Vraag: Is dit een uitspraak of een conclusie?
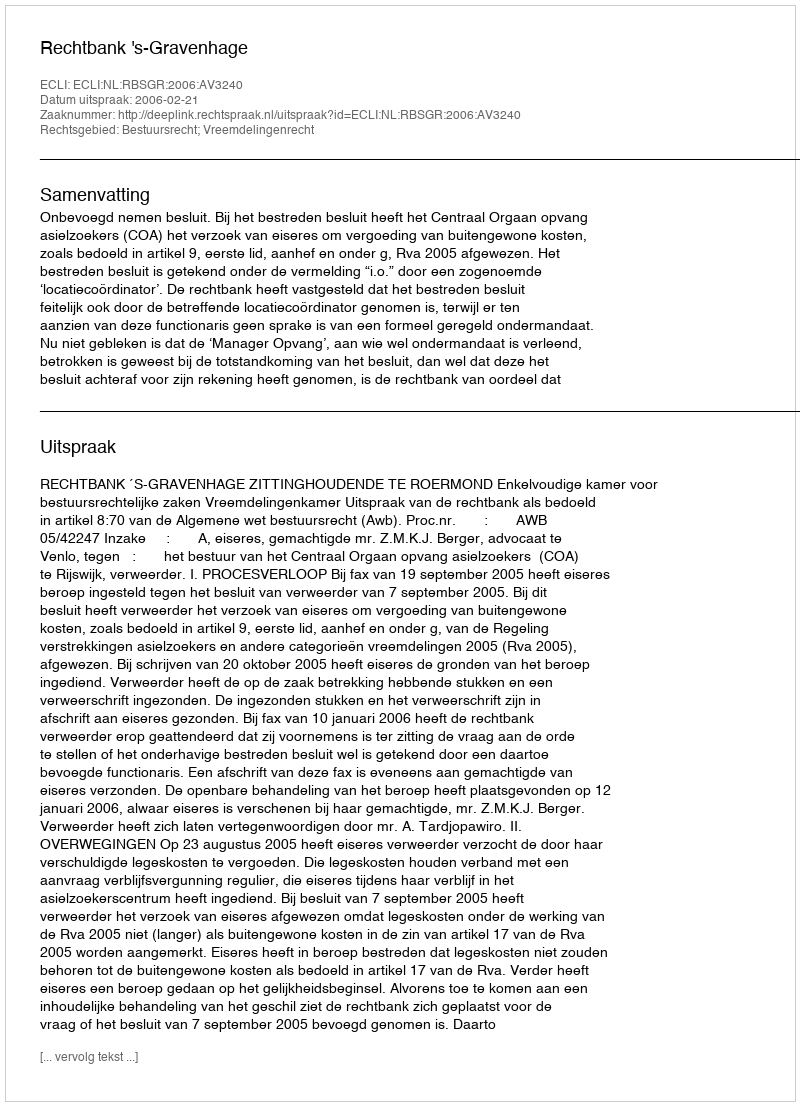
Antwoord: Uitspraak